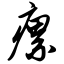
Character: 瘰